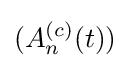
(A_{n}^{(c)}(t))